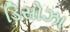
ડિસોઝા